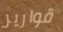
قوارير